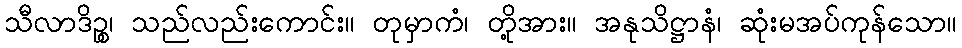
သီလာဒိဉ္စ၊ သည်လည်းကောင်း။ တုမှာကံ၊ တို့အား။ အနုသိဋ္ဌာနံ၊ ဆုံးမအပ်ကုန်သော။